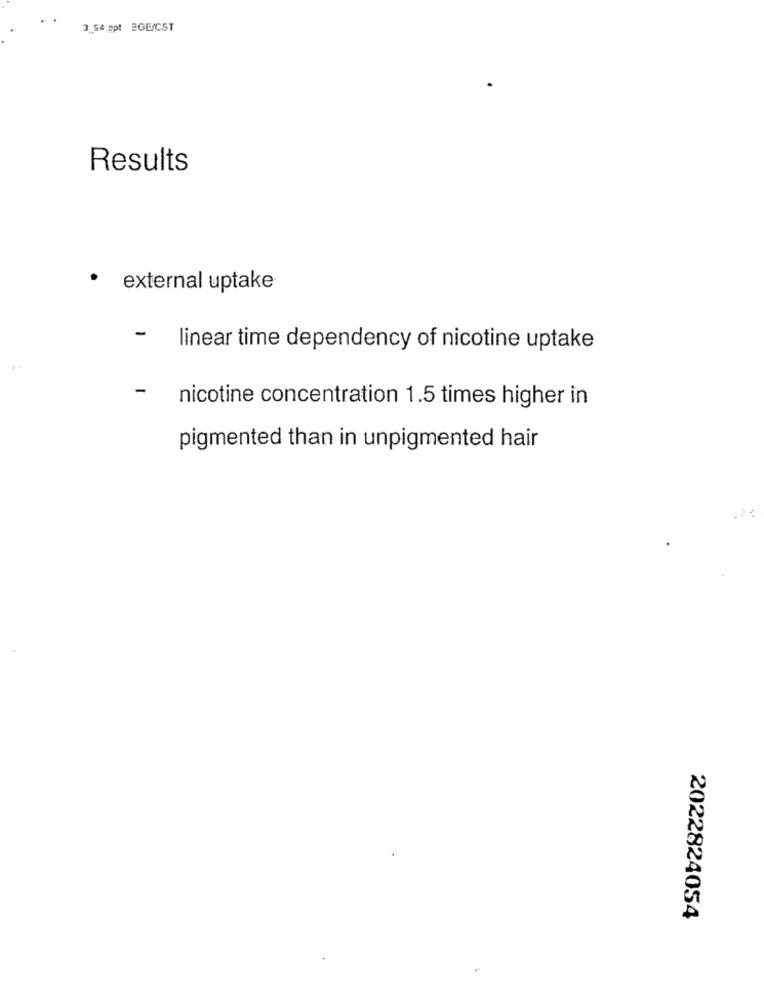
3 54.ppt BGE/CST
Results
· external uptake
- linear time dependency of nicotine uptake
-
nicotine concentration 1.5 times higher in
pigmented than in unpigmented hair
2022824054